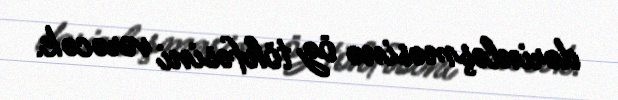
dərinləşməsinə öz töhfəsini verəcək.